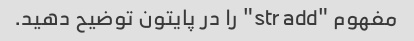
مفهوم "str add" را در پایتون توضیح دهید.